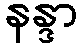
နန္ဒာ